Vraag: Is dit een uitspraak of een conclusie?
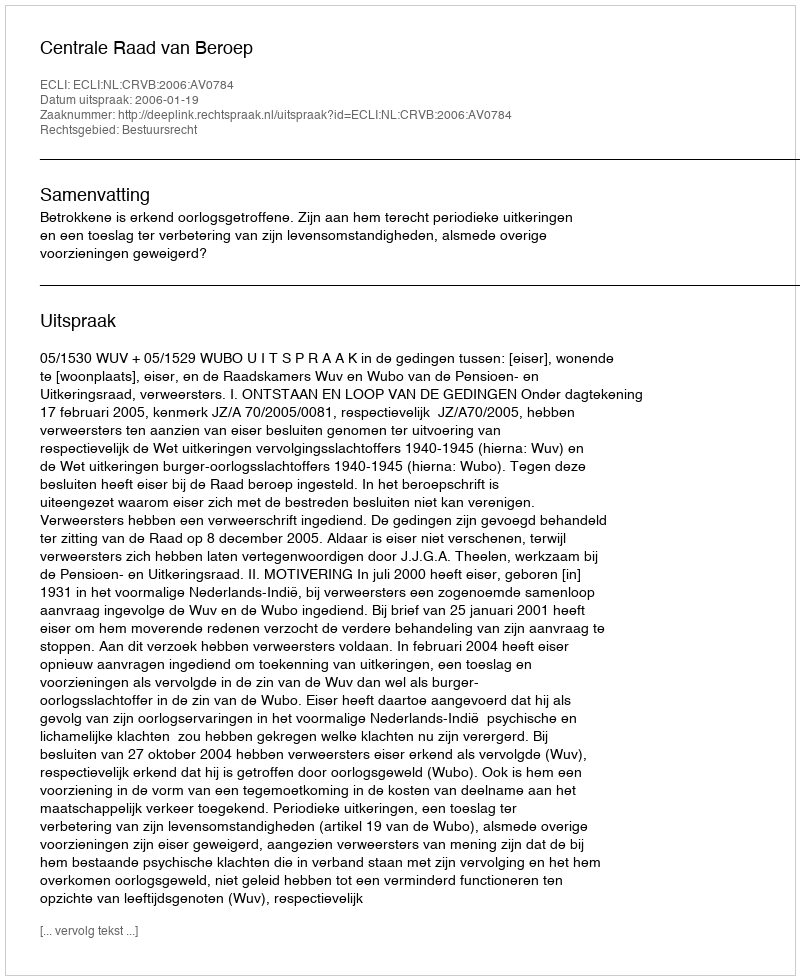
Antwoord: Uitspraak